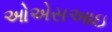
ઓએસઆઇ